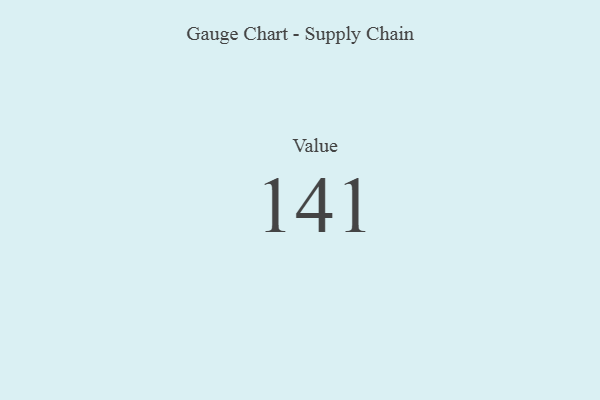
{"axis": {"x": "Metric", "y": "Value"}, "legend": [""], "data": [{"x": "Value", "y": 141, "type": ""}]}